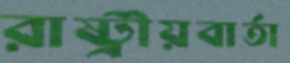
রাষ্ট্রীয়বার্তা